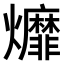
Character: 𤓒